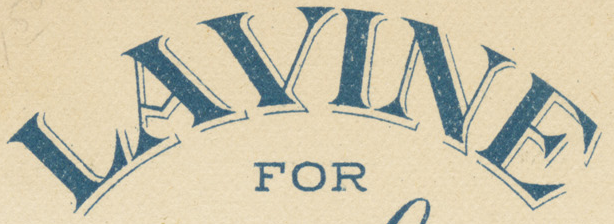
LAVINE